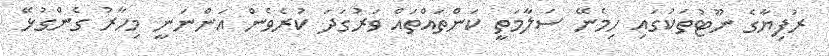
ރުފިޔާގެ ނޫޓުތަކުގައި ހިމެނޭ ސަލާމަތީ ކަންތައްތައް ވަރުގަދަ ކުރެވެން އަންނަނީ މިހާރު ގެންގުޅޭ